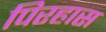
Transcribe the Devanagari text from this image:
पिरहास